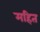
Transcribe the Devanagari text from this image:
महित